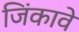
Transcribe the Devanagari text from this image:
जिंकावे